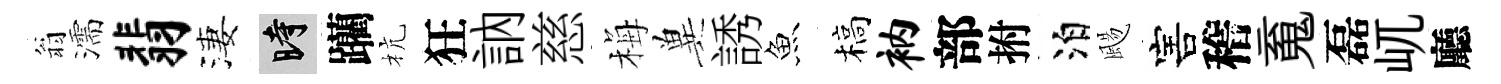
翁濡翡淒时躪杭狂訥慈梅兾誘魚槁衲部拊泊颺害稽䰟磊屼廳